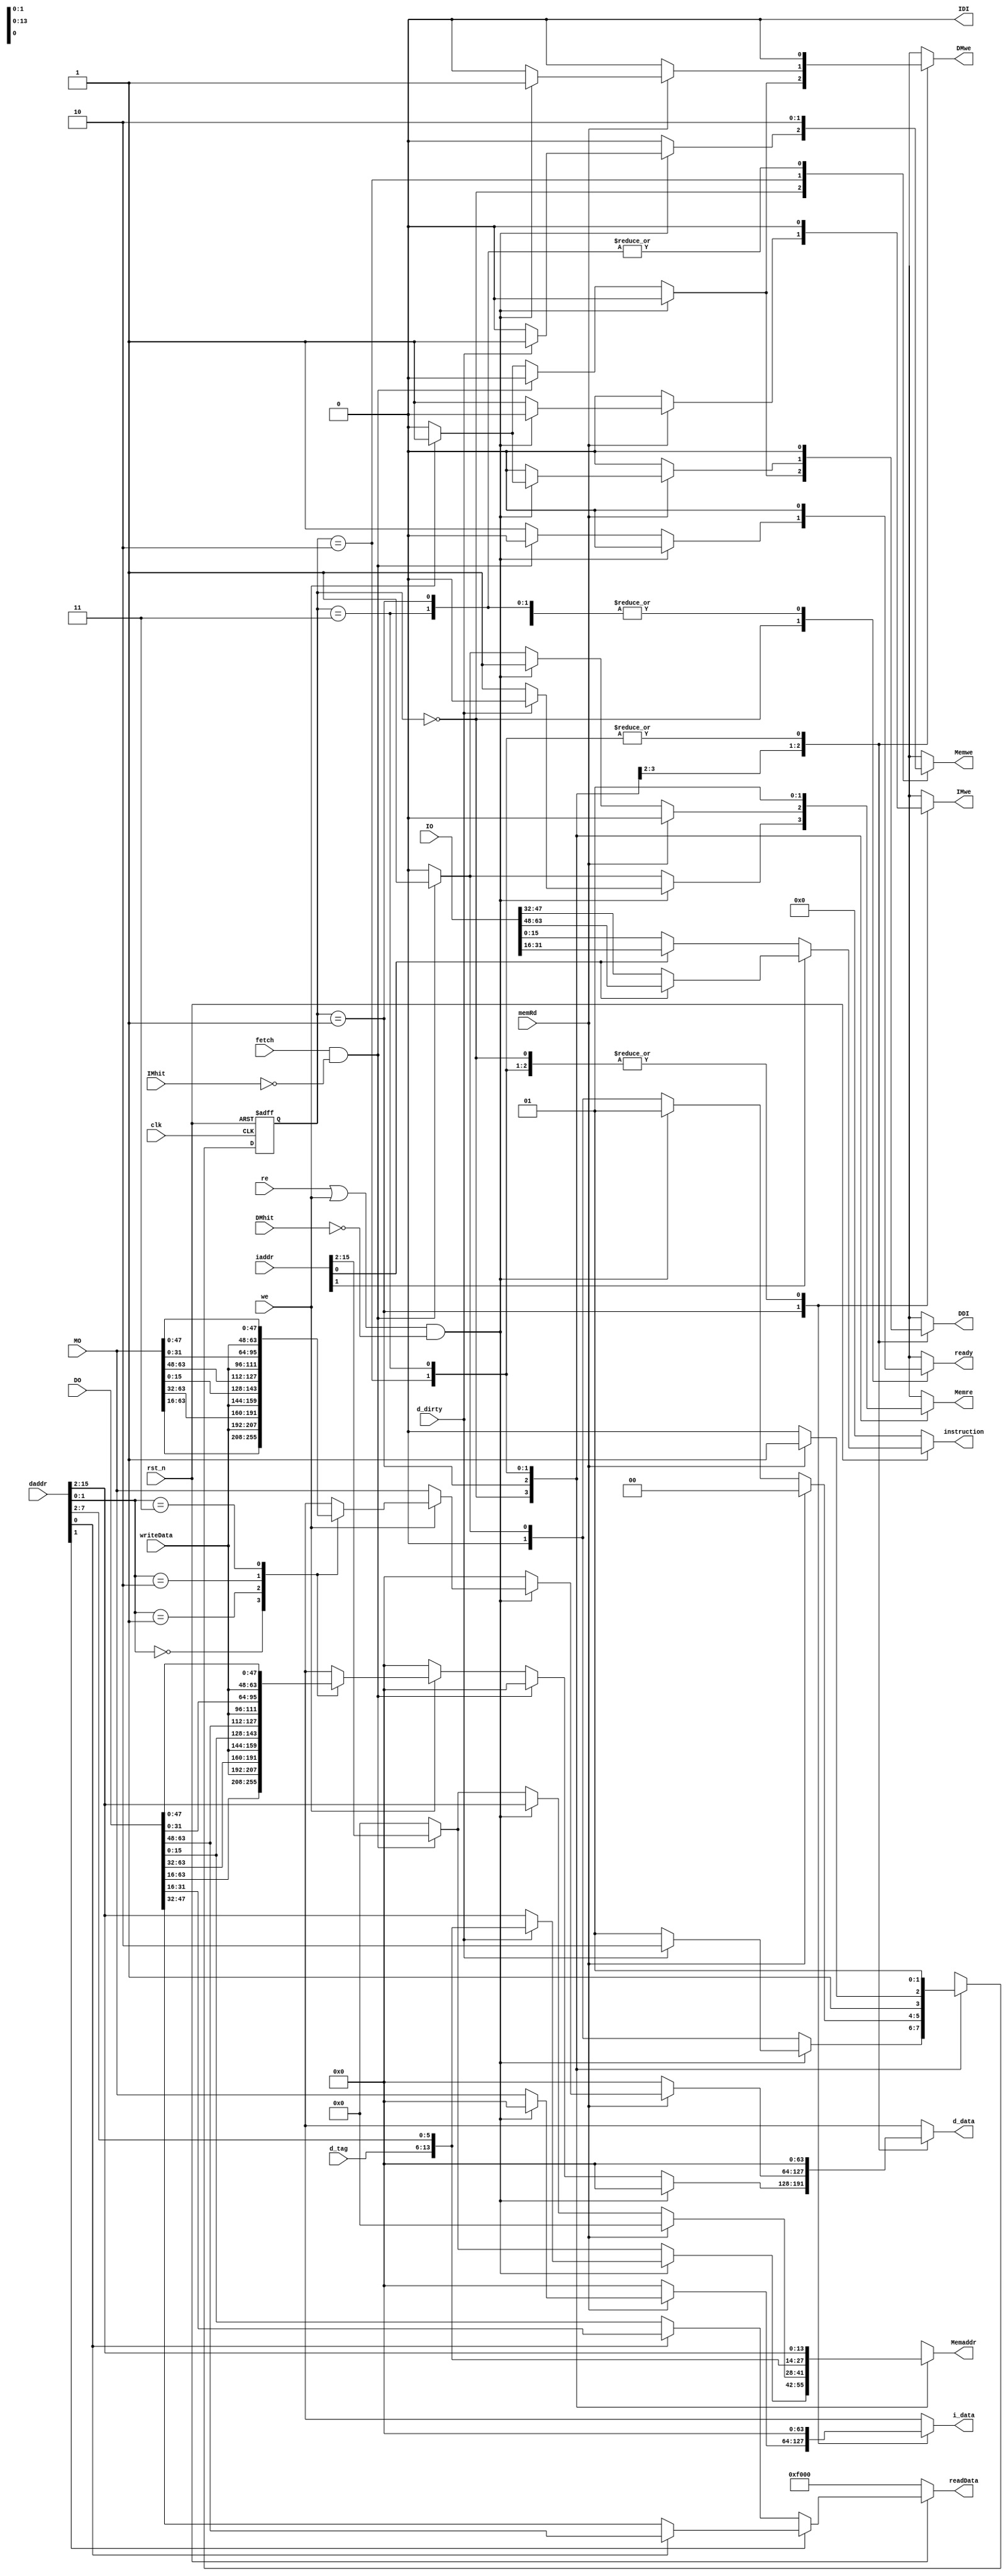
module cache_control(
	clk, rst_n, re, we, fetch, writeData, ready, instruction, readData,
	IMhit, DMhit, d_dirty, memRd, d_tag, iaddr, daddr, IO,
	DO, MO, Memre, IMwe, DMwe,	Memwe, IDI, DDI, 	
	Memaddr, i_data,	d_data
);

//** I/O **//
input clk, rst_n, re, we, fetch, IMhit, DMhit, d_dirty, memRd;
input [7:0] d_tag;
input [15:0] iaddr, daddr, writeData;
input [63:0] IO, DO, MO;

output IDI;
output reg Memre, IMwe, DMwe, Memwe, DDI, ready;
output [15:0] instruction, readData;
output reg [13:0] Memaddr;
output reg [63:0] i_data, d_data;


reg [1:0] state, nextState; 

assign IDI 	= 1'b0; 

assign instruction = ~rst_n ? 16'h0000 : (iaddr[1] ? (iaddr[0] ? IO[63:48] : IO[47:32]) : (iaddr[0] ? IO[31:16] : IO[15:0]));

assign readData = ~rst_n ? 16'hF000 : (daddr[1] ? (daddr[0] ? DO[63:48] : DO[47:32]) : (daddr[0] ? DO[31:16] : DO[15:0]));

always @(posedge clk or negedge rst_n) begin
	if (~rst_n) begin
		state <= 2'b00;
	end else begin
		state <= nextState;
	end
end

//** FSM LOGIC **//
always @(*) begin

	IMwe 		= 1'b0;
	i_data 		= 0;

	DMwe 		= 1'b0;
	DDI 	= 1'b0;
	d_data 		= 0;

	Memwe		= 1'b0;
	Memre 		= 1'b0;
	Memaddr 		= 0;

	ready 		= 1'b0;

	nextState 	= 2'b00;

	case (state)

		// Checking for cache misses
		
		2'b00 : begin
			if ((re | we) & ~DMhit) begin
				if (d_dirty) begin
					Memaddr 	= {d_tag, daddr[7:2]};
					Memwe 	= 1'b1;
					
					nextState = 2'b10;					
				end else begin
					Memaddr 	= daddr[15:2];
					Memre 	= 1'b1;

					nextState = 2'b01;
				end

			end else if (fetch & ~IMhit) begin
				Memaddr	= iaddr[15:2];
				Memre 	= 1'b1;

				nextState = 2'b01;

			// If there was no miss
			end else begin
				// Write hit
				if (we) begin
					d_data		= shift_in(DO, writeData, daddr[1:0]);
					DDI 	= 1'b1;
					DMwe 		= 1'b1;
				end

				ready = 1'b1;
				nextState = 2'b00;
			end
		end
		
		// Waiting for memory to return
		//
		2'b01 : begin
			if (memRd) begin
				// Dealing with data request
				if ((re | we) & ~DMhit) begin
					if (we) begin
						d_data		= shift_in(MO, writeData, daddr[1:0]);
						DDI 	= 1'b1;
						DMwe 		= 1'b1;	
					end else begin
						d_data		= MO;
						DMwe		= 1'b1;
					end

				end else begin
					i_data 	= MO;
					IMwe 	= 1'b1;
				end

				nextState = 2'b00;

			end else if ((re | we) & ~DMhit) begin
				Memaddr 	= daddr[15:2];
				Memre 	= 1'b1;

				nextState = 2'b01;

			end else if (fetch & ~IMhit) begin
				Memaddr	= iaddr[15:2];
				Memre 	= 1'b1;

				nextState = 2'b01;

			end else begin
				nextState = 2'b00;
			end
		end

				2'b10 : begin
			Memaddr 	= {d_tag, daddr[7:2]};
			Memwe 	= 1'b1;

			nextState = memRd ? 2'b11 : 2'b10;
		end

		// Memory read after right back
		
		2'b11 : begin
			Memaddr 	= daddr[15:2];
			Memre 	= 1'b1;

			nextState = 2'b01;
		end

		default : begin end
	endcase
end

function [63:0] shift_in;

input [63:0] line;
input [15:0] in;
input [1:0] shamt;

begin
	case (shamt)
		2'b00 : shift_in = {line[63:16], in};
		2'b01 : shift_in = {line[63:32], in, line[15:0]};
		2'b10 : shift_in = {line[63:48], in, line[31:0]};
		2'b11 : shift_in = {in, line[47:0]};
	endcase	
end

endfunction

endmodule